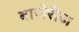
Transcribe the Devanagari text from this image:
बाजेरीज